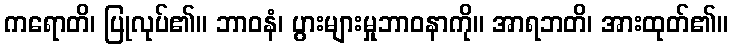
ကရောတိ၊ ပြုလုပ်၏။ ဘာဝနံ၊ ပွားများမှုဘာဝနာကို။ အာရဘတိ၊ အားထုတ်၏။